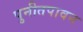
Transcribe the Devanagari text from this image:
पुनीतपावन